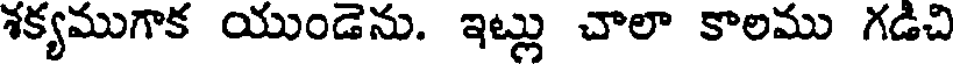
శక్యముగాక యుండెను. ఇట్లు చాలా కాలము గడిచి